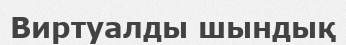
Виртуалды шындық